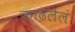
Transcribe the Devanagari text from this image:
काढलेलं